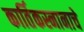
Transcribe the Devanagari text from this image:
कार्तिकस्नानाचे